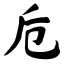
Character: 卮